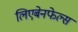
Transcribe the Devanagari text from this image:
लिएबेनफेल्स